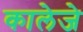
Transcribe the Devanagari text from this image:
कालेजे